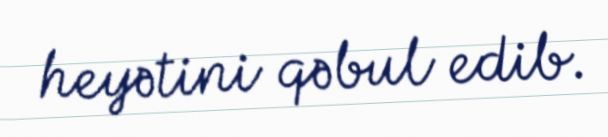
heyətini qəbul edib.